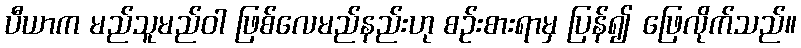
ပီယာက မည်သူမည်ဝါ ဖြစ်လေမည်နည်းဟု စဉ်းစားရာမှ ပြန်၍ ဖြေလိုက်သည်။